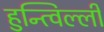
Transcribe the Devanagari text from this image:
हुन्त्विल्ली